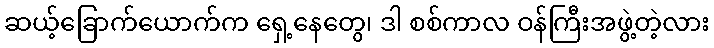
ဆယ့်ခြောက်ယောက်က ရှေ့နေတွေ၊ ဒါ စစ်ကာလ ဝန်ကြီးအဖွဲ့တဲ့လား